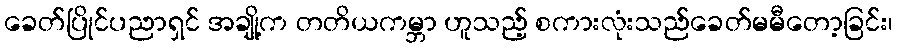
ခေတ်ပြိုင်ပညာရှင် အချို့က တတိယကမ္ဘာ ဟူသည့် စကားလုံးသည်ခေတ်မမီတော့ခြင်း၊